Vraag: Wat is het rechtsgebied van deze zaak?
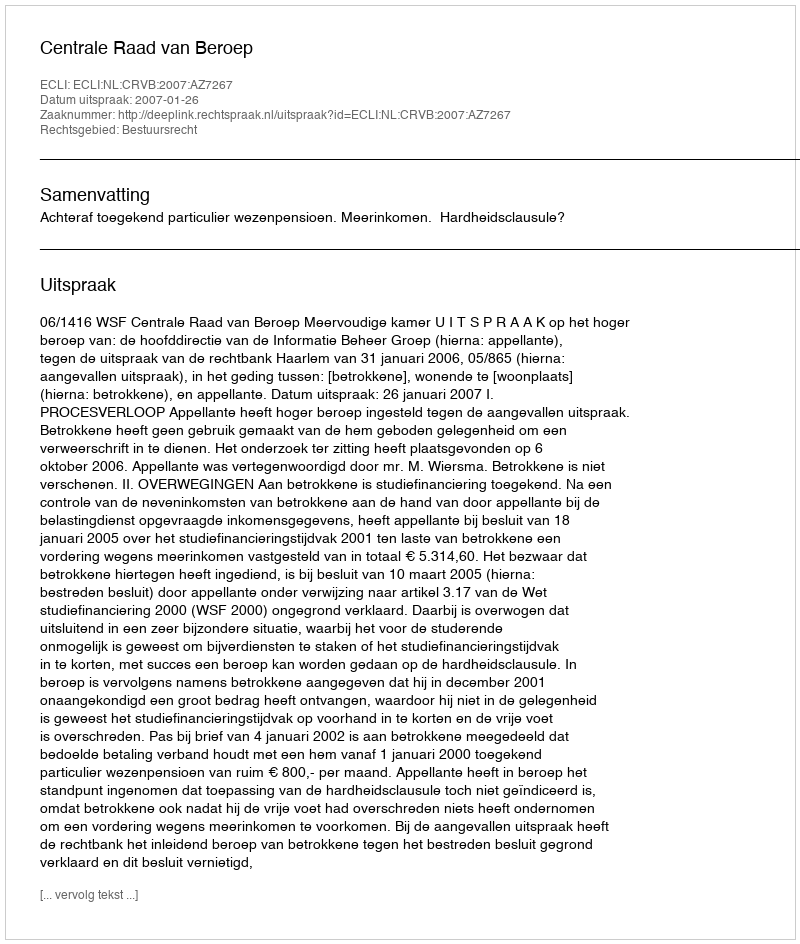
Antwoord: Bestuursrecht